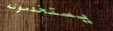
يستخدمونه